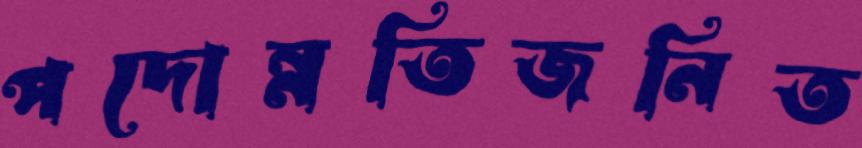
পদোন্নতিজনিত